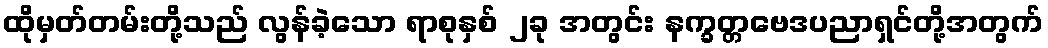
ထိုမှတ်တမ်းတို့သည် လွန်ခဲ့သော ရာစုနှစ် ၂ခု အတွင်း နက္ခတ္တဗေဒပညာရှင်တို့အတွက်